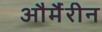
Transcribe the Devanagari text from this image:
और्मैरीन